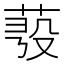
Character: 𦲗